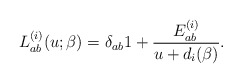
\begin{align*}L_{ab}^{(i)}(u;\beta) = \delta_{ab}1 + \frac{E_{ab}^{(i)}}{u + d_i(\beta)}.\end{align*}